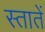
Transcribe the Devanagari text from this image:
स्तातें